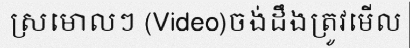
ស្រមោលៗ (Video)ចង់ដឹងត្រូវមើល